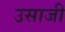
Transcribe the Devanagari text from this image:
उसाजी